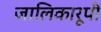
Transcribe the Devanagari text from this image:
जालिकारूपी